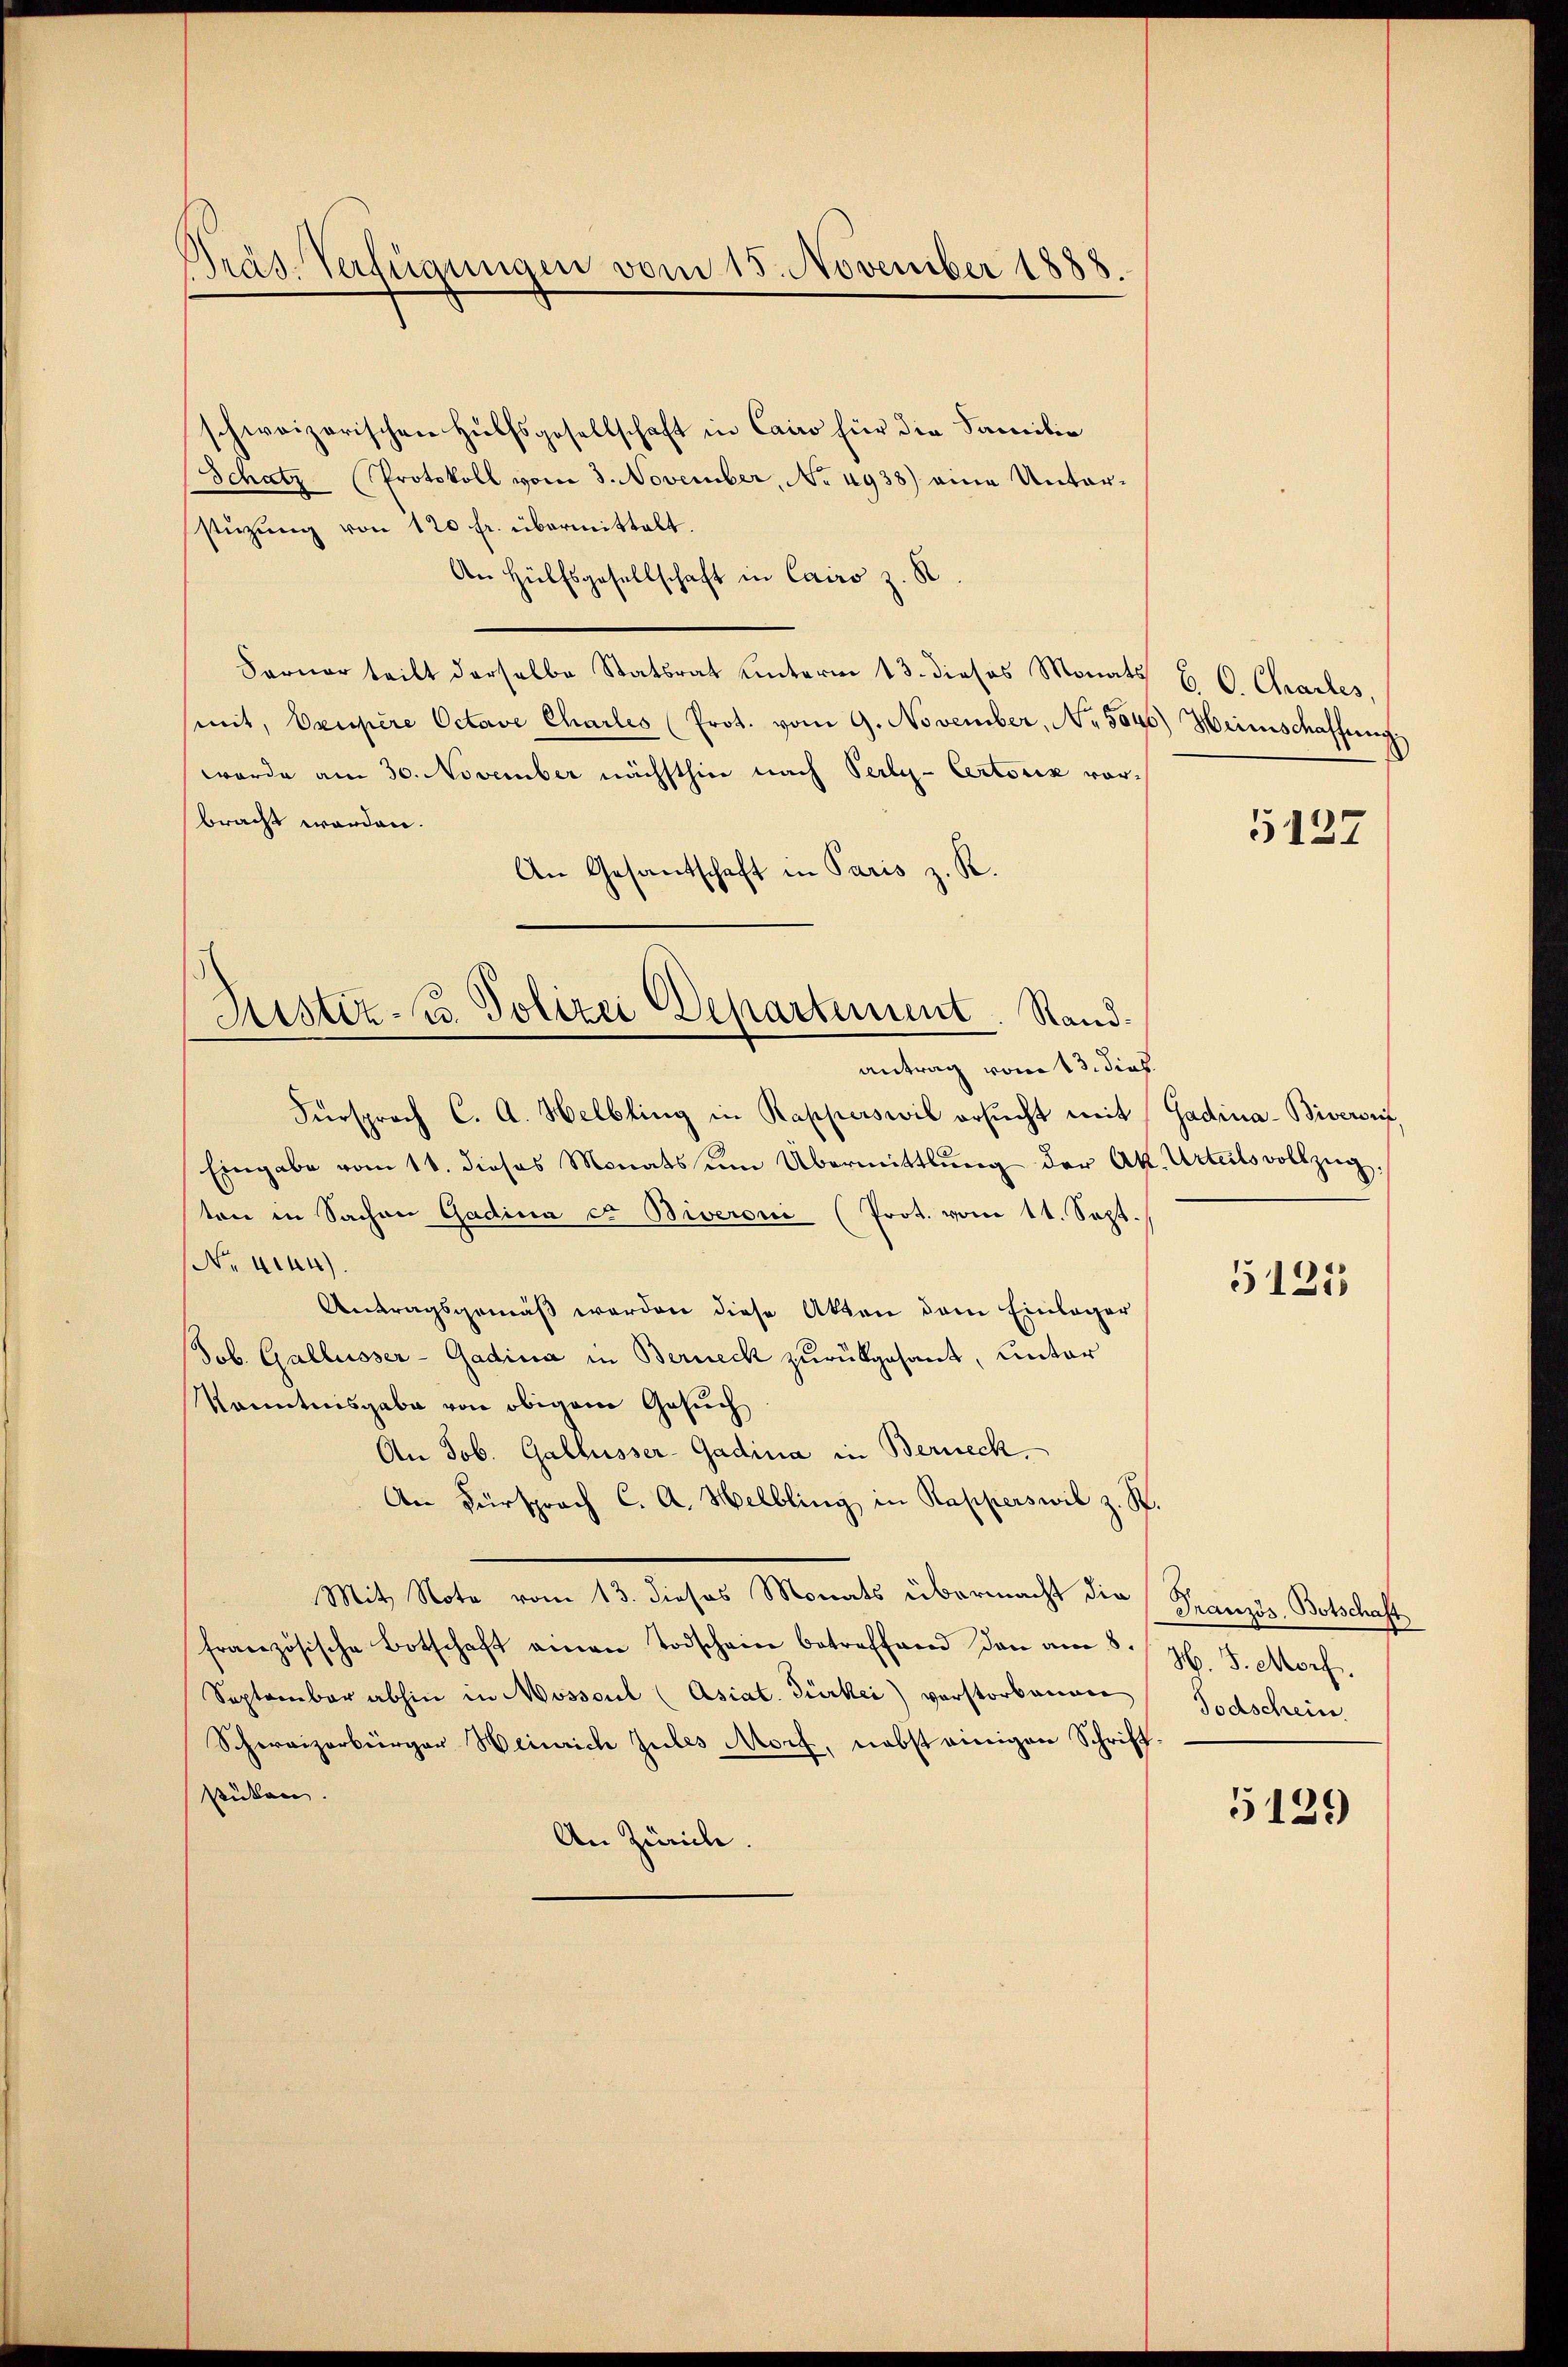
Präs. Verfügungen vom 15. November 1888.

schweizerischen Hülfsgesellschaft in Cairo für die Familie
Schatz-Protokoll vom 3. November, No 4938) eine Unterstüzung von 120 fr. übermittelt.
An Hülfsgesellschaft in Cairo z. S
Ferner tritt derselbe Statsrat unterm 13. dieses Monats
mit, Orupère Octave Charles (Prot. vom 9. November, No. 5640) Heimschaffung
wurde am 30. November nächsthier nach Perly-Certorik vorbracht werden.
An Gesandschaft in Paris z. R.
Fürsprach C. A. Helbling in Rapperswil ersucht mit
Eingabe vom 11. dieses Monats ŭm Übermittlung der Ak. Urteilsvollzŭg
ten in Sachen Gadina et Biveroni (Prot. vom 11. Sept.
No. 444).
Antragsgemäß werden diese Akten dem Einlager
Job. Gallusser-Gadina in Berneck zurükgesant, unter
Kenntnisgabe von obigem Gesuch
An Job. Gallusser-Gadina in Berneck.
An Fürsprach C. A. Helbling in Rapperswil z. S.
Mit Note vom 13. dieses Monats übermacht die Französ. Botschaft,
französische Botschaft einen Todschein betreffend dan am 8.
September abhin in Mossaul (Asiat. Türkei) vorstorbanner
Schweizerbürger Heinrich Zules Morf, nebst einigen Schrift-
stüken.
An Zürich.

Justiz- u. Polizei Departement. Randantrag vom 13. dies.

B. O. Chartes,

5127

Gadina-Bivergrif

5125

H. J. Morf.
Todschein.

5129